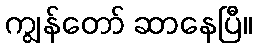
ကျွန်တော် ဆာနေပြီ။